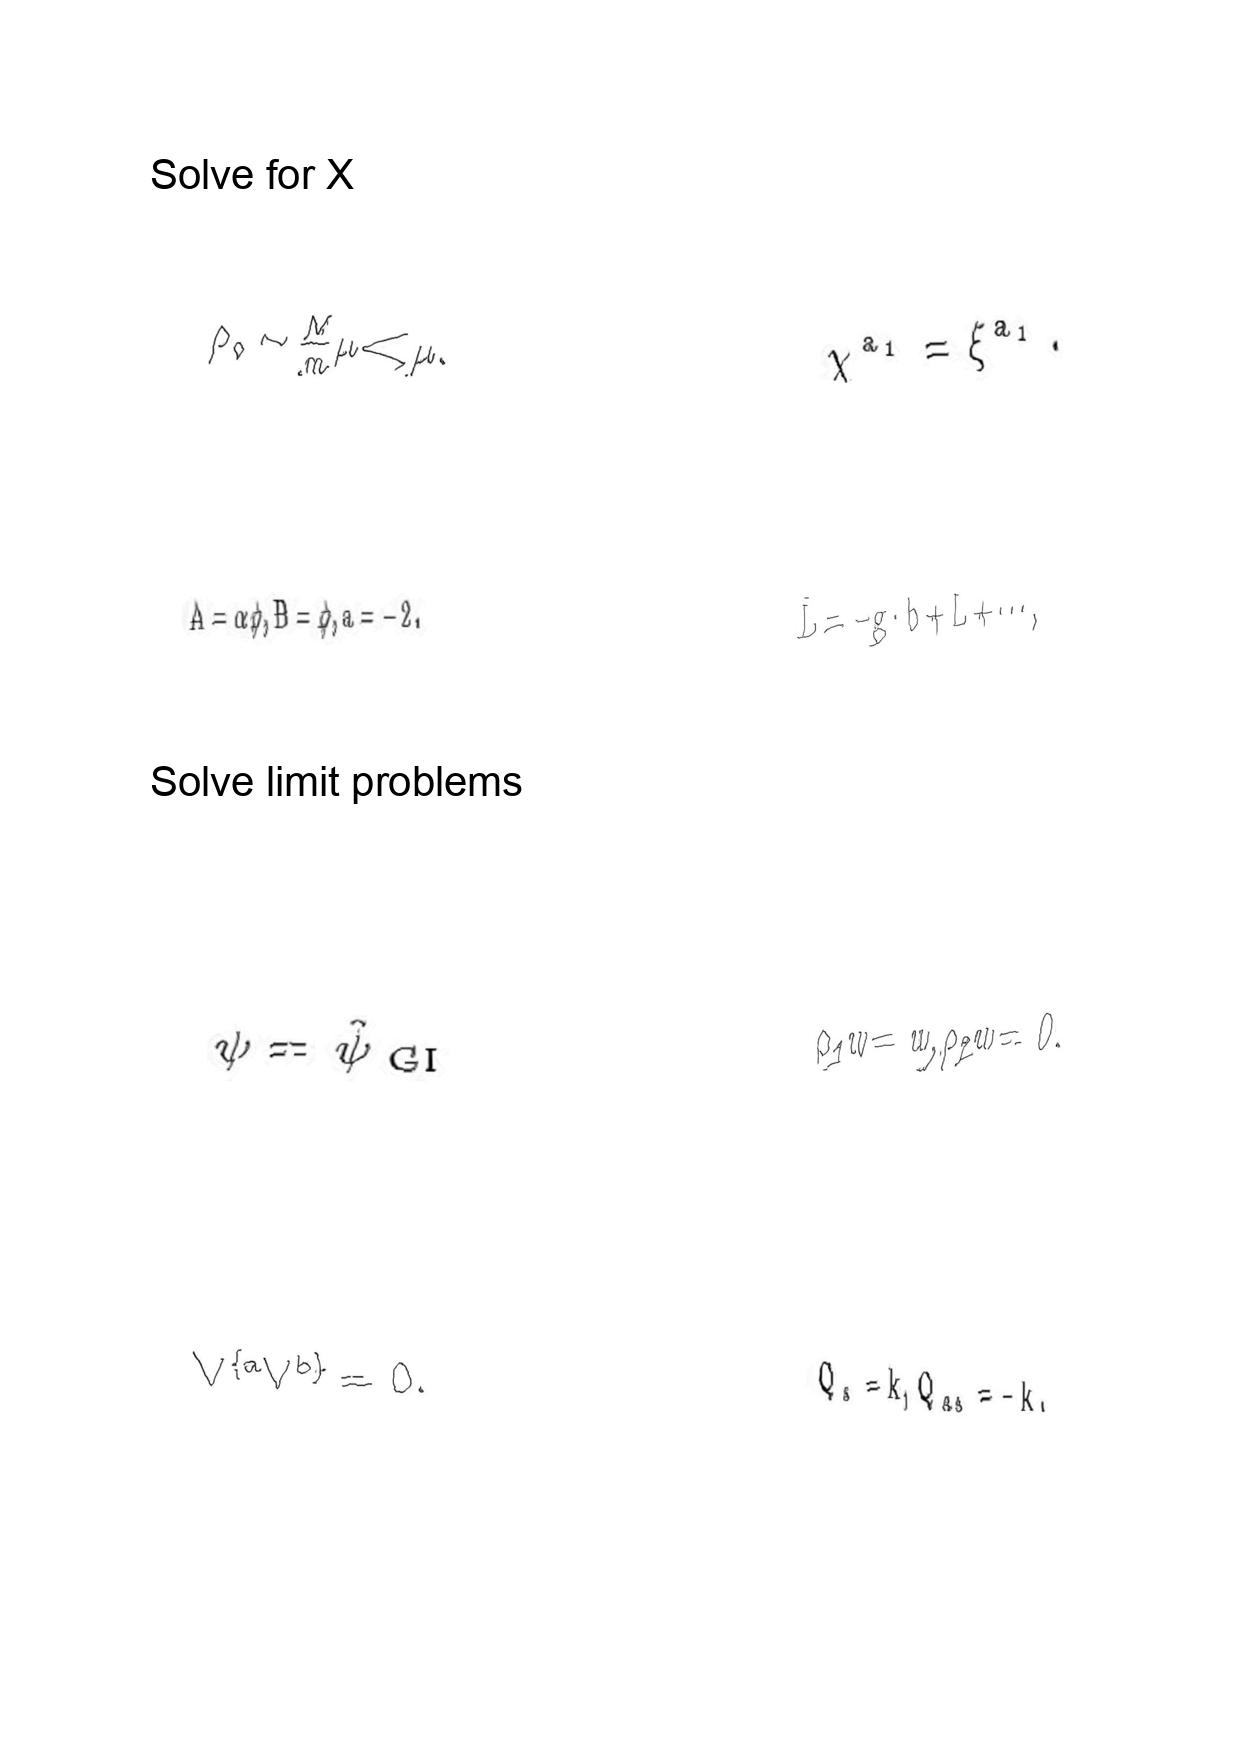
LaTeX transcription:
\rho _ { 0 } \sim \frac { M } { m } \mu \ll \mu .
A = \alpha \phi , B = \phi , a = - 2 .
\psi = \hat { \psi } _ { \mathrm { \space G I } }
V ^ { \lbrace a } V ^ { b \rbrace } = 0 .
\chi ^ { a _ { 1 } } = \xi ^ { a _ { 1 } } .
\bar { L } = - g \cdot b + L + \@cdots ,
\rho _ { 1 } w = w , \rho _ { 2 } w = 0 .
Q _ { s } = k , Q _ { a s } = - k .